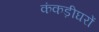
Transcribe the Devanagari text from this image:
कंकड़ीघरों